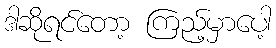
ဒါဆိုရင်တော့ ကြည့်မှာပေါ့